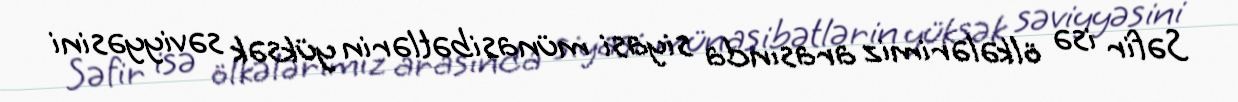
Səfir isə ölkələrimiz arasında siyasi münasibətlərin yüksək səviyyəsini